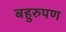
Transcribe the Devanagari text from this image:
बहुरुपण